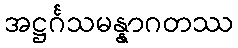
အဋ္ဌင်္ဂသမန္နာဂတဿ